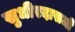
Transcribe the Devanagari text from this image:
सुधीरदासजी